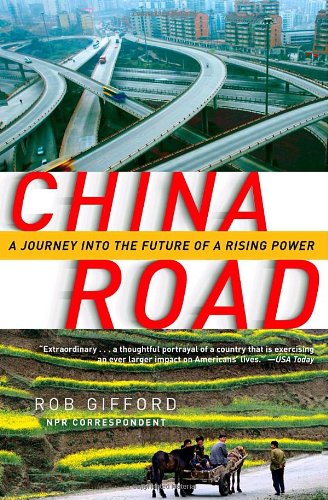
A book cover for China Road: A Journey into the Future of a Rising Power; Rob Gifford; Travel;